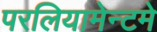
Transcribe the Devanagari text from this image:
परलियामेन्टमे